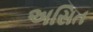
અસિત